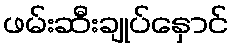
ဖမ်းဆီးချုပ်နှောင်